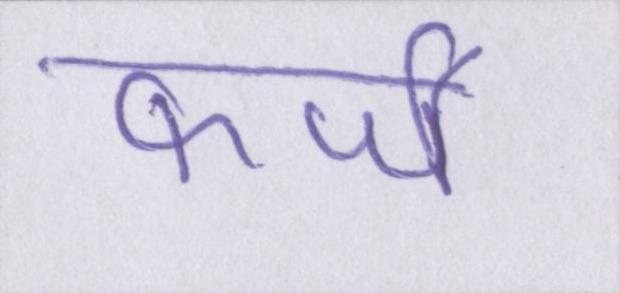
फर्जी